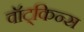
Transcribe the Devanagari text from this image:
वॉट्किन्स